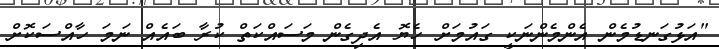
"އަޅުގަނޑުމެން އެންމެންނަކީ ގައުމަށް ހެޔޮ އެދިގެން މަސައްކަތް ކުރާ ބައެއް ނަމަ ހާއްސަކޮށް